Indian journal of veterinary science and animal husbandry - Volume 4,
Year: 1934
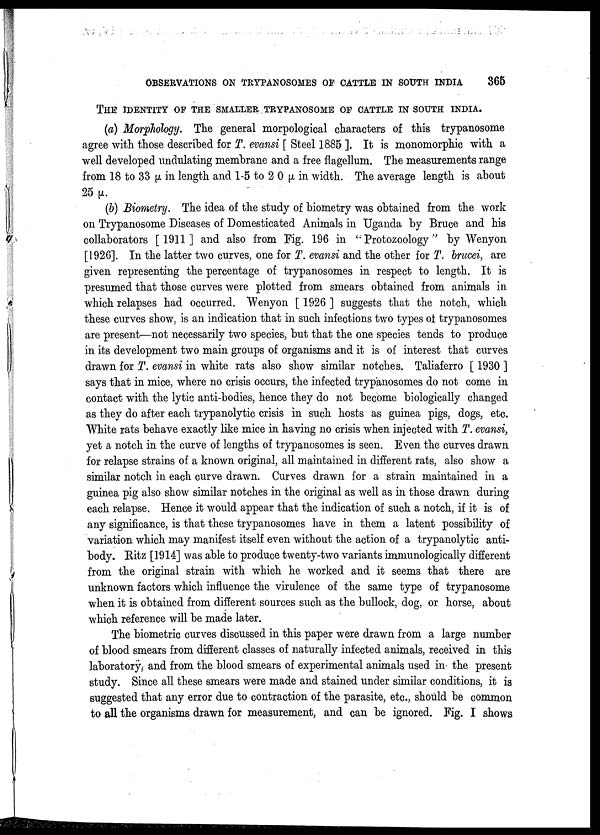
OBSERVATIONS ON TRYPANOSOMES OF CATTLE IN SOUTH INDIA
365
THE IDENTITY OF THE SMALLER TRYPANSOME OF CATTLE IN SOUTH INDIA.
(a) Morphology. The general morpological characters of this trypanosome
agree with those described for T. evansi [ Steel 1885 ]. It is monomorphic with a
well developed undulating membrane and a free flagellum. The measurements range
from 18 to 33 µ in length and 1-5 to 2 0 µ in width. The average length is about
25 µ.
(b) Biometry. The idea of the study of biometry was obtained from the work
on Trypanosome Diseases of Domesticated Animals in Uganda by Bruce and his
collaborators [1911] and also from Fig. 196 in " Protozoology" by Wenyon
[1926]. In the latter two curves, one for T. evansi and the other for T. brucei, are
given representing the percentage of trypanosomes in respect to length. It is
presumed that those curves were plotted from smears obtained from animals in
which relapses had occurred. "Wenyon [ 1926 ] suggests that the notch, which
these curves show, is an indication that in such infections two types of trypanosomes
are present—not necessarily two species, but that the one species tends to produce
in its development two main groups of organisms and it is of interest that curves
drawn for T. evansi in white rats also show similar notches. Taliaferro [ 1930 ]
says that in mice, where no crisis occurs, the infected trypanosomes do not come in
contact with the lytic anti-bodies, hence they do not become biologically changed
as they do after each trypanolytic crisis in such hosts as guinea pigs, dogs, etc.
White rats behave exactly like mice in having no crisis when injected with T. evansi,
yet a notch in the curve of lengths of trypanosomes is seen. Even the curves drawn
for relapse strains of a known original, all maintained in different rats, also show a
similar notch in each curve drawn. Curves drawn for a strain maintained in a
guinea pig also show similar notches in the original as well as in those drawn during
each relapse. Hence it would appear that the indication of such a notch, if it is of
any significance, is that these trypanosomes have in them a latent possibility of
variation which may manifest itself even without the action of a trypanolytic anti-
body. Ritz [1914] was able to produce twenty-two variants immunologically different
from the original strain with which he worked and it seems that there are
unknown factors which influence the virulence of the same type of trypanosome
when it is obtained from different sources such as the bullock, dog, or horse, about
which reference will be made later.
The biometric curves discussed in this paper were drawn from a large number
of blood smears from different classes of naturally infected animals, received in this
laboratorÿ, and from the blood smears of experimental animals used in the present
study. Since all these smears were made and stained under similar conditions, it is
suggested that any error due to contraction of the parasite, etc., should be common
to all the organisms drawn for measurement, and can be ignored. Fig. I shows